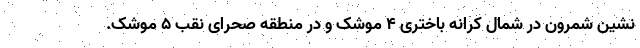
نشین شمرون در شمال کرانه باختری ۴ موشک و در منطقه صحرای نقب ۵ موشک.